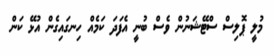
މުލީ ޕޮލިސް ސްޓޭޝަނުން ވެސް ބުނީ އެފަދަ ކަމެއް ހިނގައިގެން އުޅޭ ކަން